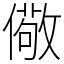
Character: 儆